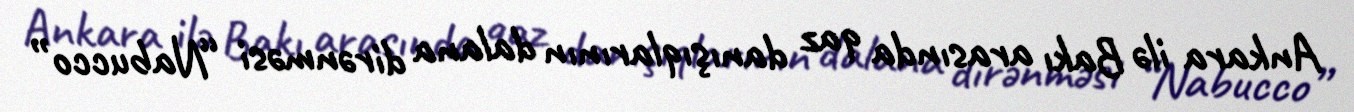
Ankara ilə Bakı arasında qaz danışıqlarının dalana dirənməsi “Nabucco”